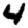
Digit: 4